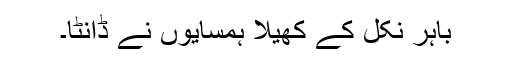
باہر نکل کے کھیلا ہمسایوں نے ڈانٹا۔